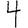
Digit: 4